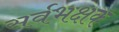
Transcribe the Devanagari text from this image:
सर्वभक्षक